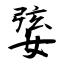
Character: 婱